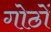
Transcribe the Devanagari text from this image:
गोठों